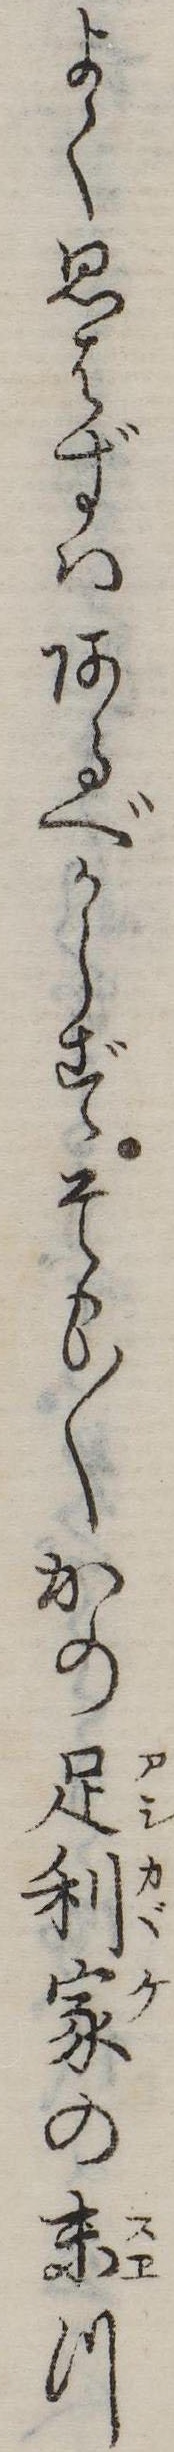
よく思はずはあるべからずそも〱かの足利家の末つ